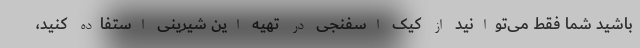
باشید شما فقط می‌توانید از کیک اسفنجی در تهیه این شیرینی استفاده کنید،